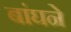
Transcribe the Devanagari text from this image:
बांघने